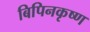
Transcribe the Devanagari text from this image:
बिपिनकृष्ण